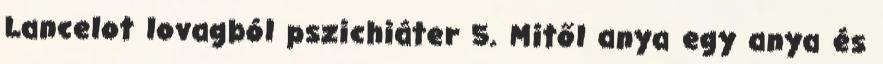
Lancelot lovagból pszichiáter 5. Mitől anya egy anya és